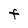
Character: F